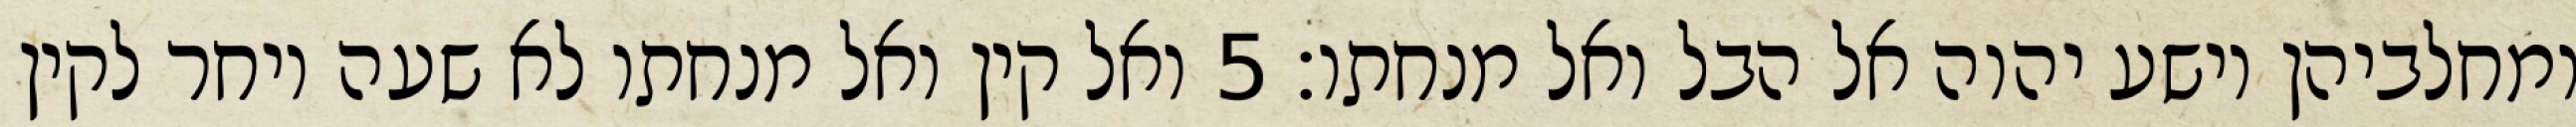
ומחלביהן וישע יהוה אל הבל ואל מנחתו׃ ‎5‏ ואל קין ואל מנחתו לא שעה ויחר לקין